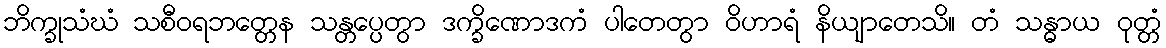
ဘိက္ခုသံဃံ သစီဝရဘတ္တေန သန္တပ္ပေတွာ ဒက္ခိဏောဒကံ ပါတေတွာ ဝိဟာရံ နိယျာတေသိ။ တံ သန္ဓာယ ဝုတ္တံ